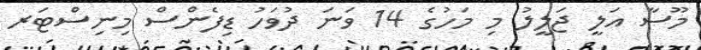
މޫސާ އަލީ ޖަލީލު މި މަހުގެ 14 ވަނަ ދުވަހު ޑިފެންސް މިނިސްޓަރ